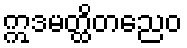
ဣဒမတ္ထိတညေဝ